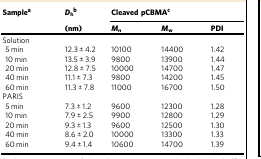
<table><thead><tr><td rowspan="2"><b>Sample<sup>a</sup></b></td><td><b><i>D</i><sub>h</sub><sup>b</sup></b></td><td colspan="3"><b>Cleaved pCBMA<sup>c</sup></b></td></tr><tr><td><b>(nm)</b></td><td><b><i>M</i><sub>n</sub></b></td><td><b><i>M</i><sub>w</sub></b></td><td><b>PDI</b></td></tr></thead><tbody><tr><td colspan="5">Solution</td></tr><tr><td> 5 min</td><td>12.3 ± 4.2</td><td>10100</td><td>14400</td><td>1.42</td></tr><tr><td> 10 min</td><td>13.5 ± 3.9</td><td>9800</td><td>13900</td><td>1.44</td></tr><tr><td> 20 min</td><td>12.8 ± 7.5</td><td>10000</td><td>14700</td><td>1.47</td></tr><tr><td> 40 min</td><td>11.1 ± 7.3</td><td>9800</td><td>14200</td><td>1.45</td></tr><tr><td> 60 min</td><td>11.3 ± 7.8</td><td>11000</td><td>16700</td><td>1.50</td></tr><tr><td colspan="5">PARIS</td></tr><tr><td> 5 min</td><td>7.3 ± 1.2</td><td>9600</td><td>12300</td><td>1.28</td></tr><tr><td> 10 min</td><td>7.9 ± 2.5</td><td>9900</td><td>12800</td><td>1.29</td></tr><tr><td> 20 min</td><td>9.3 ± 1.3</td><td>9600</td><td>12500</td><td>1.30</td></tr><tr><td> 40 min</td><td>8.6 ± 2.0</td><td>10000</td><td>13300</td><td>1.33</td></tr><tr><td> 60 min</td><td>9.4 ± 1.4</td><td>10600</td><td>14700</td><td>1.39</td></tr></tbody></table>